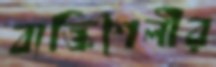
ব্যক্তিশৈলীর